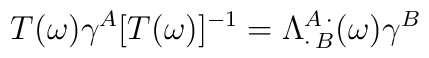
T(\omega)\gamma^{A}[T(\omega)]^{-1}=\Lambda^{A\,\cdot}_{\cdot\,B}(\omega)\gamma^{B}